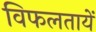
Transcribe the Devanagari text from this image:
विफलतायें